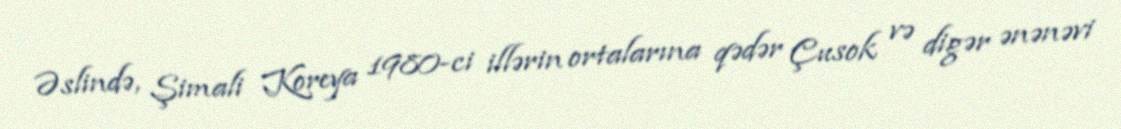
Əslində, Şimali Koreya 1980-ci illərin ortalarına qədər Çusok və digər ənənəvi